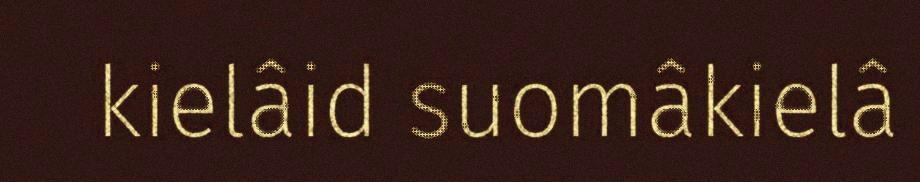
kielâid suomâkielâ